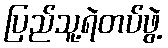
ပြည်သူ့ရဲတပ်ဖွဲ့